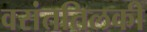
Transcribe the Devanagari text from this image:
वसंततिलकी